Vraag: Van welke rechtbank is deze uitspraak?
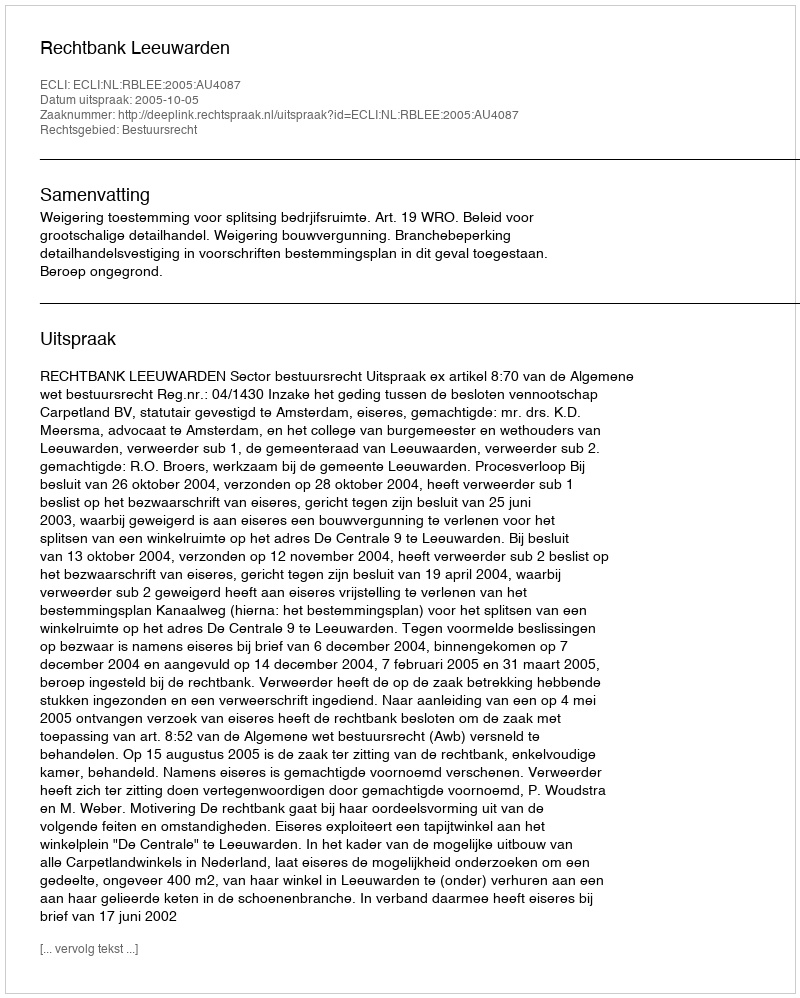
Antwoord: Rechtbank Leeuwarden